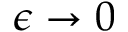
\epsilon \rightarrow 0